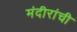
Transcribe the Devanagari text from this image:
मंदीरांची